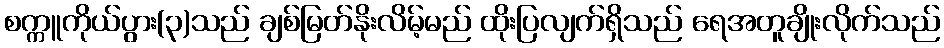
စက္ကူကိုယ်ပွား(၃)သည် ချစ်မြတ်နိုးလိမ့်မည် ထိုးပြလျက်ရှိသည် ရေအတူချိုးလိုက်သည်